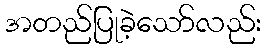
အတည်ပြုခဲ့သော်လည်း